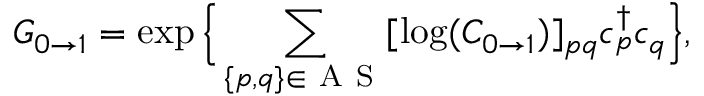
G _ { 0 \to 1 } = \exp \Big \{ \sum _ { \{ p , q \} \in \mathrm { ~ A ~ S ~ } } [ \log ( C _ { 0 \to 1 } ) ] _ { p q } c _ { p } ^ { \dag } c _ { q } \Big \} ,